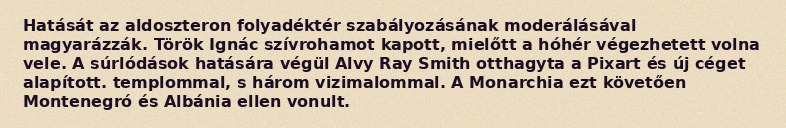
Hatását az aldoszteron folyadéktér szabályozásának moderálásával magyarázzák. Török Ignác szívrohamot kapott, mielőtt a hóhér végezhetett volna vele. A súrlódások hatására végül Alvy Ray Smith otthagyta a Pixart és új céget alapított. templommal, s három vizimalommal. A Monarchia ezt követően Montenegró és Albánia ellen vonult.